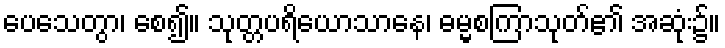
ပေသေတွာ၊ စေ၍။ သုတ္တပရိယောသာနေ၊ ဓမ္မစကြာသုတ်၏ အဆုံး၌။